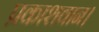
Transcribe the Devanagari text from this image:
प्रकाशवान।